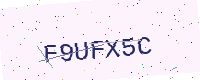
Text: F9UFX5C